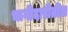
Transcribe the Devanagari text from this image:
भागीदारीतील